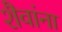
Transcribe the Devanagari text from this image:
शैवांना